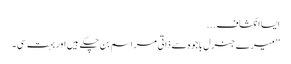
ایسا انکشاف ...
’’میرے جنرل باجوہ سے ذاتی مراسم بن چکے ہیں اور بہت سی۔